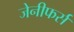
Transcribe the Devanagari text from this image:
जेनीफर्स